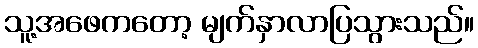
သူ့အဖေကတော့ မျက်နှာလာပြသွားသည်။